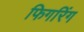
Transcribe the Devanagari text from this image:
फिगरिंग